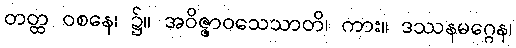
တတ္ထ ဝစနေ၊ ၌။ အဝိဇ္ဇာဝသေသာတိ၊ ကား။ ဒဿနမဂ္ဂေန၊